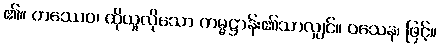
၏။ တဿေဝ၊ ထိုယူလိုသော ကမ္မဋ္ဌာန်း၏သာလျှင်။ ဝသေန၊ ဖြင့်။